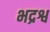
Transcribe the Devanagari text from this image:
भद्रश्व